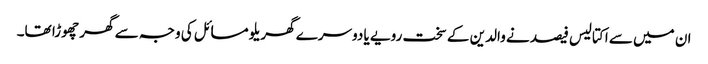
ان میں سے اکتالیس فیصد نے والدین کے سخت رویے یا دوسرے گھریلو مسائل کی وجہ سے گھر چھوڑا تھا۔